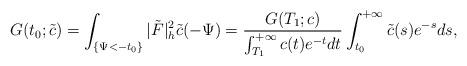
LaTeX: \begin{align*} G(t_0;\tilde{c})=\int_{\{\Psi<-t_0\}}|\tilde{F}|^2_h\tilde{c}(-\Psi)= \frac{G(T_1;c)}{\int_{T_1}^{+\infty}c(t)e^{-t}dt} \int_{t_0}^{+\infty}\tilde{c}(s)e^{-s}ds, \end{align*}